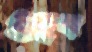
গুহক